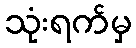
သုံးရက်မှ